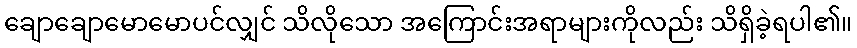
ချောချောမောမောပင်လျှင် သိလိုသော အကြောင်းအရာများကိုလည်း သိရှိခဲ့ရပါ၏။